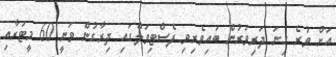
އަށް ވުރެ ގިނަ ދަރިވަރުން ބައިވެރިވި ފެސްޓިވަލްގައި ދިރާގުން ވަނީ 60 މީޓަރާއި